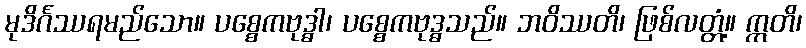
မုဒိင်္ဂဿရမည်သော။ ပစ္စေကဗုဒ္ဓါ၊ ပစ္စေကဗုဒ္ဓသည်။ ဘဝိဿတိ၊ ဖြစ်လတ္တံ့။ ဣတိ၊